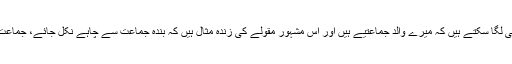
اس سے آپ یہ اندازہ بھی لگا سکتے ہیں کہ میرے والد جماعتیے ہیں اور اس مشہور مقولے کی زندہ مثال ہیں کہ بندہ جماعت سے چاہے نکل جائے، جماعت بندے سے نہیں نکلتی۔